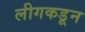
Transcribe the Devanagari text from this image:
लीगकडून